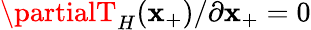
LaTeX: \partialT_{H}(\mathbf{x}_{+})/\partial\mathbf{x}_{+}=0